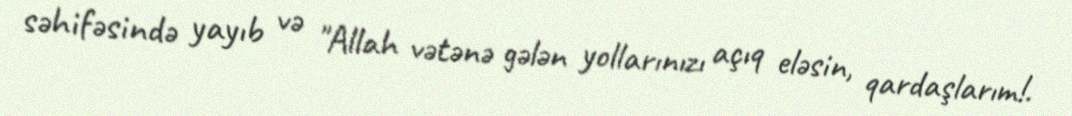
səhifəsində yayıb və "Allah vətənə gələn yollarınızı açıq eləsin, qardaşlarım!.